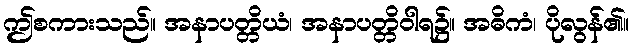
ဤစကားသည်။ အနာပတ္တိယံ၊ အနာပတ္တိဝါရ၌။ အဓိကံ၊ ပိုလွန်၏။